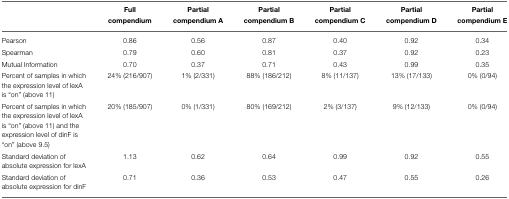
|  | Full compendium | Partial compendium A | Partial compendium B | Partial compendium C | Partial compendium D | Partial compendium E |
 | --- | --- | --- | --- | --- | --- | --- |
 | Pearson | 0.86 | 0.56 | 0.87 | 0.40 | 0.92 | 0.34 |
 | Spearman | 0.79 | 0.60 | 0.81 | 0.37 | 0.92 | 0.23 |
 | Mutual Information | 0.70 | 0.37 | 0.71 | 0.43 | 0.99 | 0.35 |
 | Percent of samples in which the expression level of lexA is “on” (above 11) | 24% (216/907) | 1% (2/331) | 88% (186/212) | 8% (11/137) | 13% (17/133) | 0% (0/94) |
 | Percent of samples in which the expression level of lexA is “on” (above 11) and the expression level of dinF is “on” (above 9.5) | 20% (185/907) | 0% (1/331) | 80% (169/212) | 2% (3/137) | 9% (12/133) | 0% (0/94) |
 | Standard deviation of absolute expression for lexA | 1.13 | 0.62 | 0.64 | 0.99 | 0.92 | 0.55 |
 | Standard deviation of absolute expression for dinF | 0.71 | 0.36 | 0.53 | 0.47 | 0.55 | 0.26 |